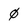
Character: 0